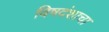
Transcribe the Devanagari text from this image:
विषदंशाचा